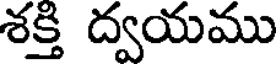
శక్తి ద్వయము